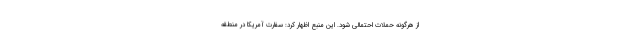
از هرگونه حملات احتمالی شود. این منبع اظهار کرد: سفارت آمریکا در منطقه